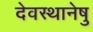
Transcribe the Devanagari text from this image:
देवस्थानेषु